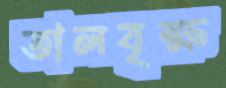
তালবৃক্ষ